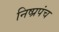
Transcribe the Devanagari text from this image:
निष्प्रपंच